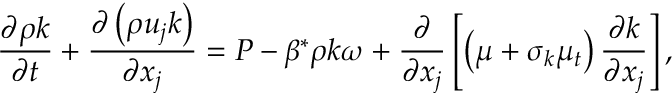
\frac { { \partial \rho k } } { { \partial t } } + \frac { { \partial \left( { \rho { u _ { j } } k } \right) } } { { \partial { x _ { j } } } } = P - \beta ^ { * } \rho k \omega + \frac { \partial } { { \partial { x _ { j } } } } \left[ { \left( { \mu + { \sigma _ { k } } { \mu _ { t } } } \right) \frac { { \partial k } } { { \partial { x _ { j } } } } } \right] ,